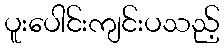
ပူးပေါင်းကျင်းပသည့်